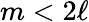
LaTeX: m<2\ell